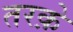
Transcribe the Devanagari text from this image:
तरक़े